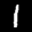
Label: 1